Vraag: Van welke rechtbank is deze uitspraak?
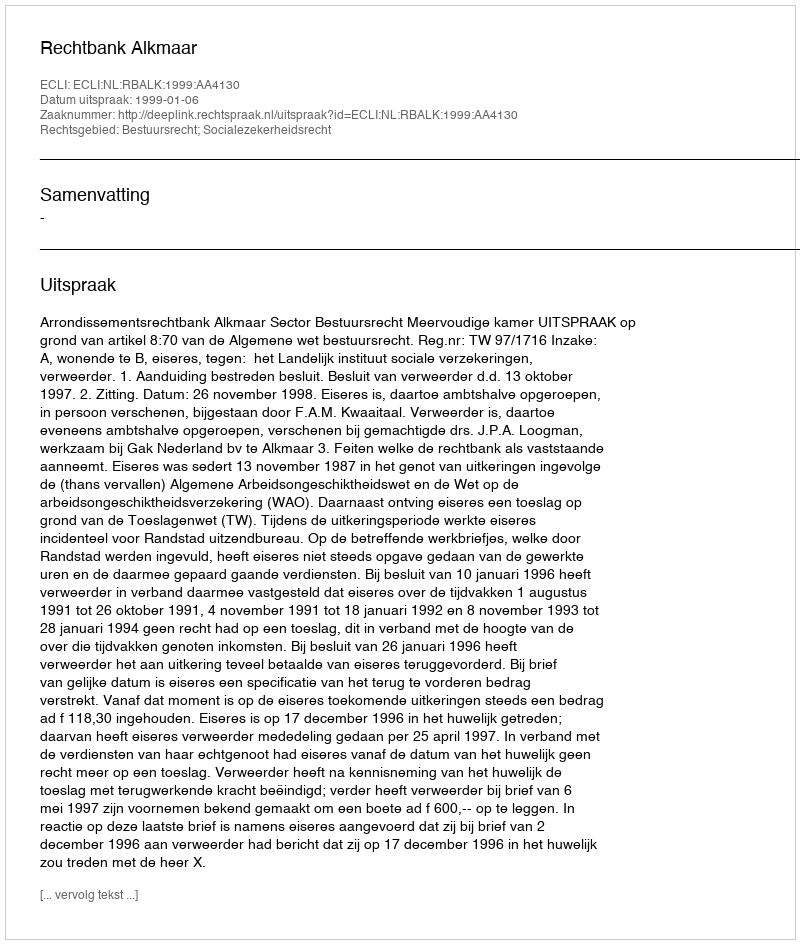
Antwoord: Rechtbank Alkmaar